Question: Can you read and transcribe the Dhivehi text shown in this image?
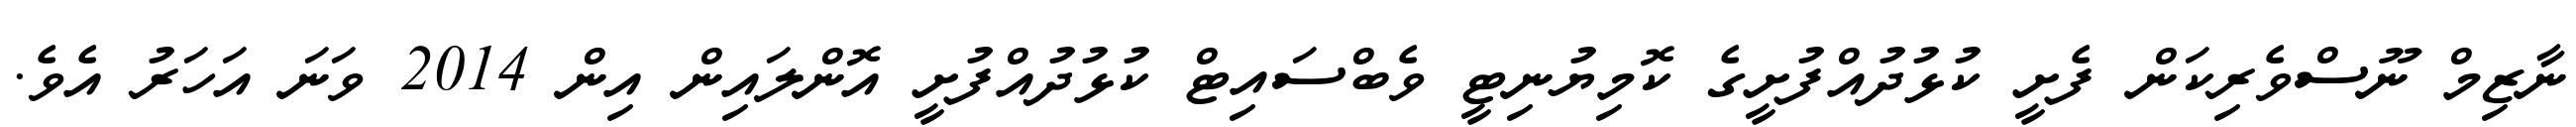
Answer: ނާޒިމް ނޫސްވެރިކަން ފެށީ ކުޅުދުއްފުށީގެ ކޮމިޔުނިޓީ ވެބްސައިޓް ކުޅުދުއްފުށީ އޮންލައިން އިން 2014 ވަނަ އަހަރު އެވެ.